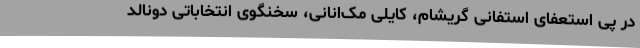
در پی استعفای استفانی گریشام، کایلی مک‌انانی، سخنگوی انتخاباتی دونالد